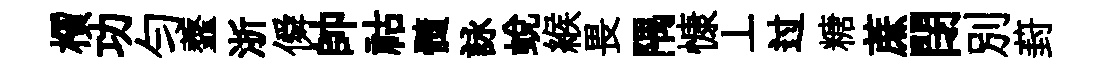
檟功勻虀浙僢帥祜髓詠蛻緱畏隅慷丄过糖蔗閉別葑